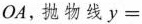
OA，抛物线y=